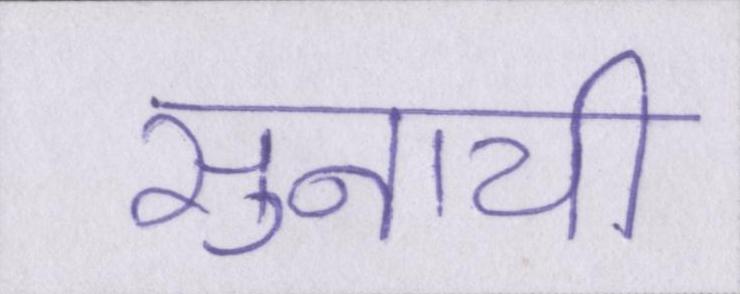
सुनायी